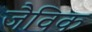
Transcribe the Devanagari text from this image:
जैविक